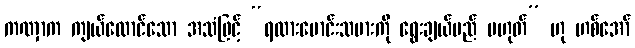
ကဏှာက ကျယ်လောင်သော အသံဖြင့် “ရထားမောင်းသမားကို ရွေးချယ်မည် မဟုတ်” ဟု ဟစ်အော်